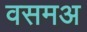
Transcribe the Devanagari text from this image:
वसमअ